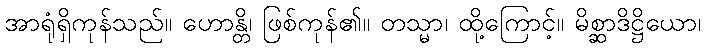
အာရုံရှိကုန်သည်။ ဟောန္တိ၊ ဖြစ်ကုန်၏။ တသ္မာ၊ ထို့ကြောင့်။ မိစ္ဆာဒိဋ္ဌိယော၊